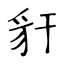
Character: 豻